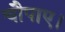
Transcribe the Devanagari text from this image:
चौपाए।